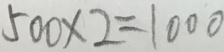
5 0 0 \times 2 = 1 0 0 0